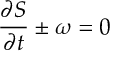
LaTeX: \frac { \partial S } { \partial t } \pm \omega = 0